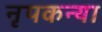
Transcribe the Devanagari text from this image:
नृपकन्या